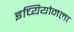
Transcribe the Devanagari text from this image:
इच्यियोनला